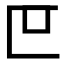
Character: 𫧋